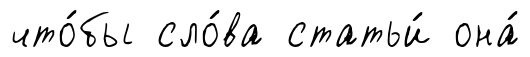
что́бы сло́ва статьи́ она́